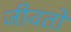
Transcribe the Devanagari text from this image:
जीवतो